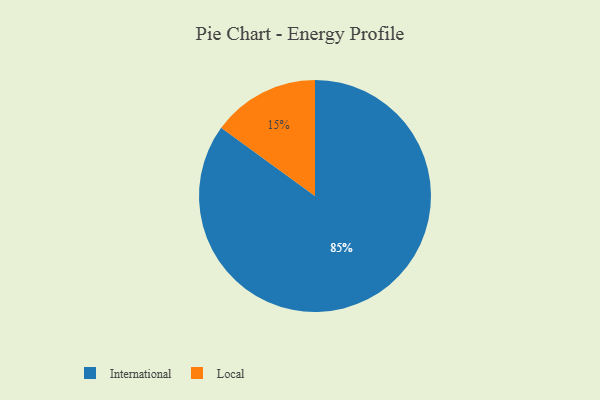
{"axis": {"x": "Category", "y": "Percentage"}, "legend": ["International", "Local"], "data": [{"x": "Local", "y": 15, "type": "Local"}, {"x": "International", "y": 85, "type": "International"}]}